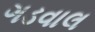
ગડવાલ